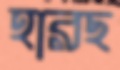
হারছ